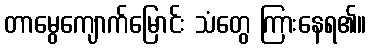
တာမွေကျောက်မြောင်း သံတွေ ကြားနေရ၏။